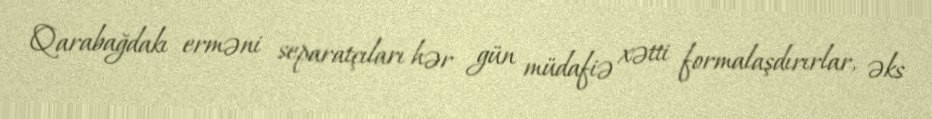
Qarabağdakı erməni separatçıları hər gün müdafiə xətti formalaşdırırlar, əks